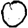
Digit: 0